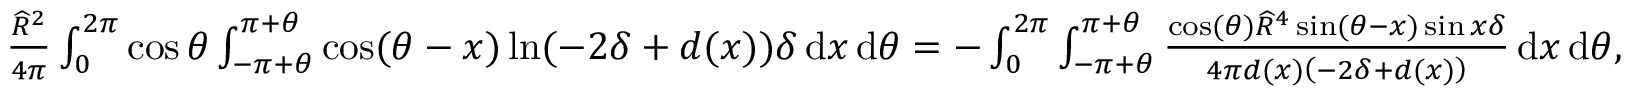
\begin{array} { r } { \frac { \widehat { R } ^ { 2 } } { 4 \pi } \int _ { 0 } ^ { 2 \pi } \cos \theta \int _ { - \pi + \theta } ^ { \pi + \theta } \cos ( \theta - x ) \ln ( - 2 \delta + d ( x ) ) \delta \, { \mathrm { d } } x \, { \mathrm { d } } \theta = - \int _ { 0 } ^ { 2 \pi } \int _ { - \pi + \theta } ^ { \pi + \theta } \frac { \cos ( \theta ) \widehat { R } ^ { 4 } \sin ( \theta - x ) \sin x \delta } { 4 \pi d ( x ) \left( - 2 \delta + d ( x ) \right) } \, { \mathrm { d } } x \, { \mathrm { d } } \theta , } \end{array}